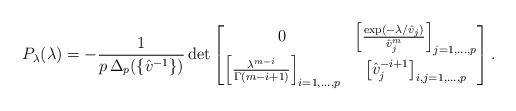
LaTeX: \begin{align*}P_\lambda(\lambda)=-\frac{1}{p\,\Delta_p(\{\hat{v}^{-1}\}) }\det\begin{bmatrix} 0 & \left[\frac{\exp(-\lambda/\hat{v}_j)}{\hat{v}_j^m}\right]_{j=1,...,p} \\\left[\frac{\lambda^{m-i}}{\Gamma(m-i+1)}\right]_{i=1,...,p} & \left[\hat{v}_j^{-i+1}\right]_{i,j=1,...,p}\end{bmatrix}.\end{align*}